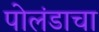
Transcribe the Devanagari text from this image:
पोलंडाचा